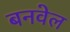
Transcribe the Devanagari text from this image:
बनवेल